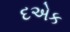
દએક